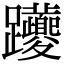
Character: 躨